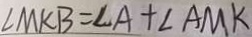
\angle M K B = \angle A + \angle A M K